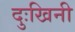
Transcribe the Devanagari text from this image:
दुःखिनी